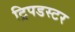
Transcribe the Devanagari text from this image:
ट्रिपडस्टर